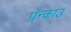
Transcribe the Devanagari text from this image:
पॅन्काउ